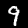
Label: 9